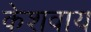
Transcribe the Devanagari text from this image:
केशवाय